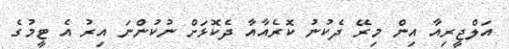
އަލްޖީރިއާ އިން މިރޭ ދެކުނު ކޮރެއާއާ ދެކޮޅަށް ނުކުންނަ އިރު އެ ޓީމުގެ